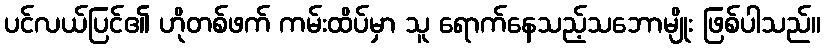
ပင်လယ်ပြင်၏ ဟိုတစ်ဖက် ကမ်းထိပ်မှာ သူ ရောက်နေသည့်သဘောမျိုး ဖြစ်ပါသည်။